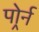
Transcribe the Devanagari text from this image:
पोर्र्न